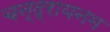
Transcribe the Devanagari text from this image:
चन्द्रायनम